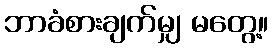
ဘာခံစားချက်မျှ မတွေ့။